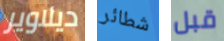
ديلاوير شطائر قبل